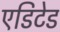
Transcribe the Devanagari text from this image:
एडिटेड